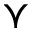
\curlyvee